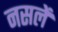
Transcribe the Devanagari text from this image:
नसलें